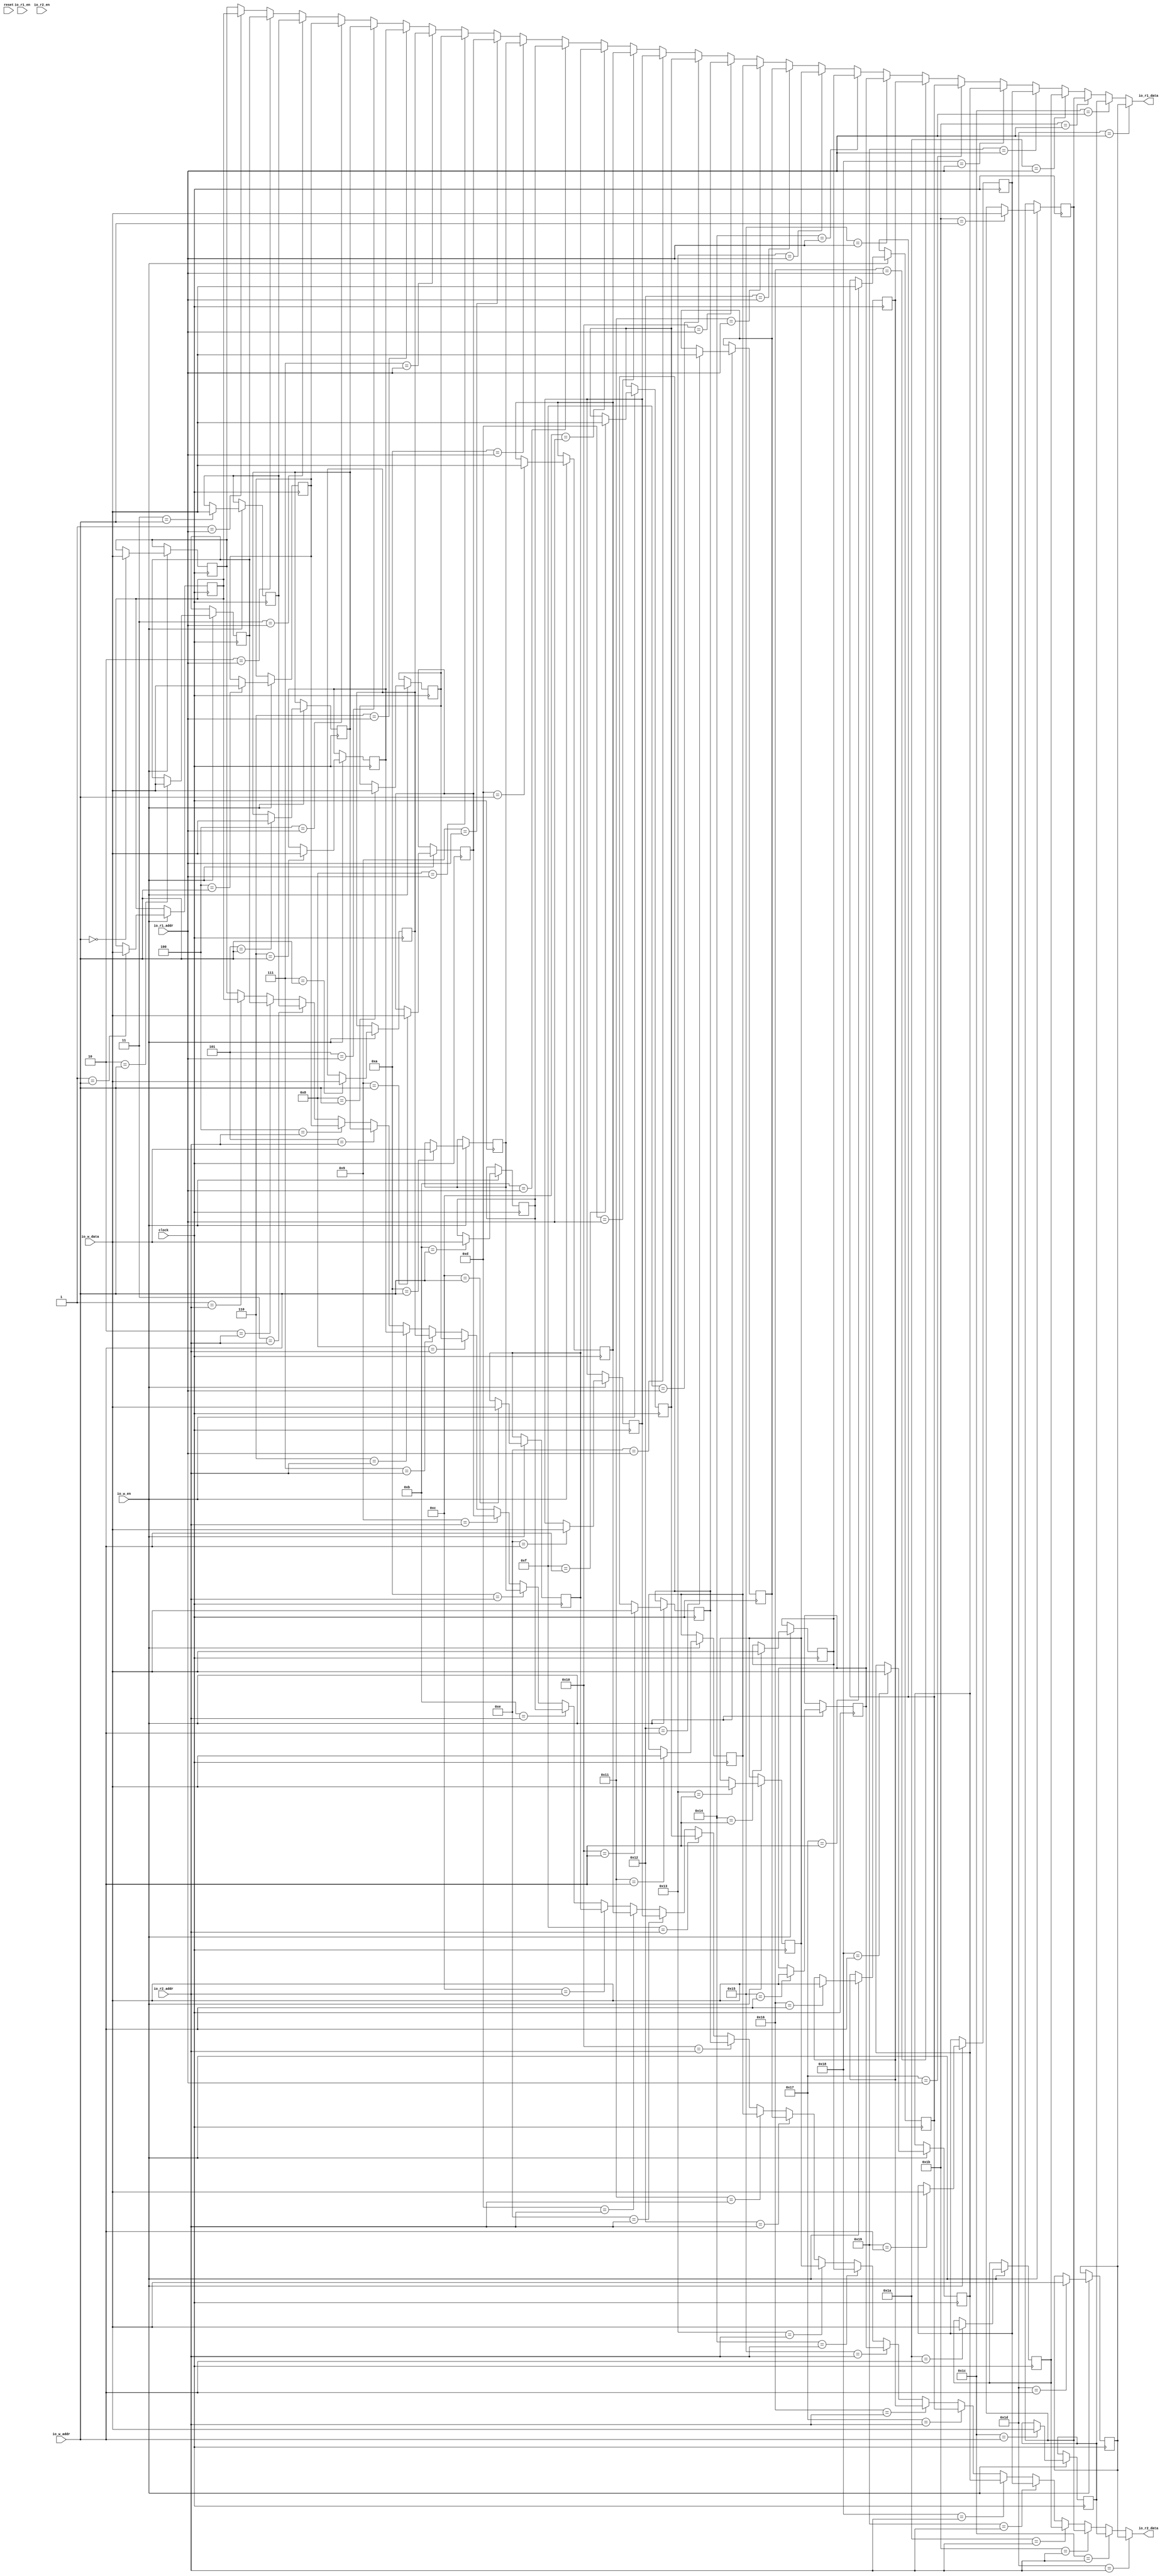
module Regfile(
  input         clock,
  input         reset,
  input  [4:0]  io_w_addr,
  input  [31:0] io_w_data,
  input         io_w_en,
  input  [4:0]  io_r1_addr,
  output [31:0] io_r1_data,
  input         io_r1_en,
  input  [4:0]  io_r2_addr,
  output [31:0] io_r2_data,
  input         io_r2_en
);
`ifdef RANDOMIZE_REG_INIT
  reg [31:0] _RAND_0;
  reg [31:0] _RAND_1;
  reg [31:0] _RAND_2;
  reg [31:0] _RAND_3;
  reg [31:0] _RAND_4;
  reg [31:0] _RAND_5;
  reg [31:0] _RAND_6;
  reg [31:0] _RAND_7;
  reg [31:0] _RAND_8;
  reg [31:0] _RAND_9;
  reg [31:0] _RAND_10;
  reg [31:0] _RAND_11;
  reg [31:0] _RAND_12;
  reg [31:0] _RAND_13;
  reg [31:0] _RAND_14;
  reg [31:0] _RAND_15;
  reg [31:0] _RAND_16;
  reg [31:0] _RAND_17;
  reg [31:0] _RAND_18;
  reg [31:0] _RAND_19;
  reg [31:0] _RAND_20;
  reg [31:0] _RAND_21;
  reg [31:0] _RAND_22;
  reg [31:0] _RAND_23;
  reg [31:0] _RAND_24;
  reg [31:0] _RAND_25;
  reg [31:0] _RAND_26;
  reg [31:0] _RAND_27;
  reg [31:0] _RAND_28;
  reg [31:0] _RAND_29;
`endif // RANDOMIZE_REG_INIT
  reg [31:0] registers_0; // @[Reg_file.scala 20:28]
  reg [31:0] registers_1; // @[Reg_file.scala 20:28]
  reg [31:0] registers_2; // @[Reg_file.scala 20:28]
  reg [31:0] registers_3; // @[Reg_file.scala 20:28]
  reg [31:0] registers_4; // @[Reg_file.scala 20:28]
  reg [31:0] registers_5; // @[Reg_file.scala 20:28]
  reg [31:0] registers_6; // @[Reg_file.scala 20:28]
  reg [31:0] registers_7; // @[Reg_file.scala 20:28]
  reg [31:0] registers_8; // @[Reg_file.scala 20:28]
  reg [31:0] registers_9; // @[Reg_file.scala 20:28]
  reg [31:0] registers_10; // @[Reg_file.scala 20:28]
  reg [31:0] registers_11; // @[Reg_file.scala 20:28]
  reg [31:0] registers_12; // @[Reg_file.scala 20:28]
  reg [31:0] registers_13; // @[Reg_file.scala 20:28]
  reg [31:0] registers_14; // @[Reg_file.scala 20:28]
  reg [31:0] registers_15; // @[Reg_file.scala 20:28]
  reg [31:0] registers_16; // @[Reg_file.scala 20:28]
  reg [31:0] registers_17; // @[Reg_file.scala 20:28]
  reg [31:0] registers_18; // @[Reg_file.scala 20:28]
  reg [31:0] registers_19; // @[Reg_file.scala 20:28]
  reg [31:0] registers_20; // @[Reg_file.scala 20:28]
  reg [31:0] registers_21; // @[Reg_file.scala 20:28]
  reg [31:0] registers_22; // @[Reg_file.scala 20:28]
  reg [31:0] registers_23; // @[Reg_file.scala 20:28]
  reg [31:0] registers_24; // @[Reg_file.scala 20:28]
  reg [31:0] registers_25; // @[Reg_file.scala 20:28]
  reg [31:0] registers_26; // @[Reg_file.scala 20:28]
  reg [31:0] registers_27; // @[Reg_file.scala 20:28]
  reg [31:0] registers_28; // @[Reg_file.scala 20:28]
  reg [31:0] registers_29; // @[Reg_file.scala 20:28]
  wire [31:0] _GEN_1 = 5'h1 == io_r1_addr ? registers_1 : registers_0; // @[Reg_file.scala 22:20 Reg_file.scala 22:20]
  wire [31:0] _GEN_2 = 5'h2 == io_r1_addr ? registers_2 : _GEN_1; // @[Reg_file.scala 22:20 Reg_file.scala 22:20]
  wire [31:0] _GEN_3 = 5'h3 == io_r1_addr ? registers_3 : _GEN_2; // @[Reg_file.scala 22:20 Reg_file.scala 22:20]
  wire [31:0] _GEN_4 = 5'h4 == io_r1_addr ? registers_4 : _GEN_3; // @[Reg_file.scala 22:20 Reg_file.scala 22:20]
  wire [31:0] _GEN_5 = 5'h5 == io_r1_addr ? registers_5 : _GEN_4; // @[Reg_file.scala 22:20 Reg_file.scala 22:20]
  wire [31:0] _GEN_6 = 5'h6 == io_r1_addr ? registers_6 : _GEN_5; // @[Reg_file.scala 22:20 Reg_file.scala 22:20]
  wire [31:0] _GEN_7 = 5'h7 == io_r1_addr ? registers_7 : _GEN_6; // @[Reg_file.scala 22:20 Reg_file.scala 22:20]
  wire [31:0] _GEN_8 = 5'h8 == io_r1_addr ? registers_8 : _GEN_7; // @[Reg_file.scala 22:20 Reg_file.scala 22:20]
  wire [31:0] _GEN_9 = 5'h9 == io_r1_addr ? registers_9 : _GEN_8; // @[Reg_file.scala 22:20 Reg_file.scala 22:20]
  wire [31:0] _GEN_10 = 5'ha == io_r1_addr ? registers_10 : _GEN_9; // @[Reg_file.scala 22:20 Reg_file.scala 22:20]
  wire [31:0] _GEN_11 = 5'hb == io_r1_addr ? registers_11 : _GEN_10; // @[Reg_file.scala 22:20 Reg_file.scala 22:20]
  wire [31:0] _GEN_12 = 5'hc == io_r1_addr ? registers_12 : _GEN_11; // @[Reg_file.scala 22:20 Reg_file.scala 22:20]
  wire [31:0] _GEN_13 = 5'hd == io_r1_addr ? registers_13 : _GEN_12; // @[Reg_file.scala 22:20 Reg_file.scala 22:20]
  wire [31:0] _GEN_14 = 5'he == io_r1_addr ? registers_14 : _GEN_13; // @[Reg_file.scala 22:20 Reg_file.scala 22:20]
  wire [31:0] _GEN_15 = 5'hf == io_r1_addr ? registers_15 : _GEN_14; // @[Reg_file.scala 22:20 Reg_file.scala 22:20]
  wire [31:0] _GEN_16 = 5'h10 == io_r1_addr ? registers_16 : _GEN_15; // @[Reg_file.scala 22:20 Reg_file.scala 22:20]
  wire [31:0] _GEN_17 = 5'h11 == io_r1_addr ? registers_17 : _GEN_16; // @[Reg_file.scala 22:20 Reg_file.scala 22:20]
  wire [31:0] _GEN_18 = 5'h12 == io_r1_addr ? registers_18 : _GEN_17; // @[Reg_file.scala 22:20 Reg_file.scala 22:20]
  wire [31:0] _GEN_19 = 5'h13 == io_r1_addr ? registers_19 : _GEN_18; // @[Reg_file.scala 22:20 Reg_file.scala 22:20]
  wire [31:0] _GEN_20 = 5'h14 == io_r1_addr ? registers_20 : _GEN_19; // @[Reg_file.scala 22:20 Reg_file.scala 22:20]
  wire [31:0] _GEN_21 = 5'h15 == io_r1_addr ? registers_21 : _GEN_20; // @[Reg_file.scala 22:20 Reg_file.scala 22:20]
  wire [31:0] _GEN_22 = 5'h16 == io_r1_addr ? registers_22 : _GEN_21; // @[Reg_file.scala 22:20 Reg_file.scala 22:20]
  wire [31:0] _GEN_23 = 5'h17 == io_r1_addr ? registers_23 : _GEN_22; // @[Reg_file.scala 22:20 Reg_file.scala 22:20]
  wire [31:0] _GEN_24 = 5'h18 == io_r1_addr ? registers_24 : _GEN_23; // @[Reg_file.scala 22:20 Reg_file.scala 22:20]
  wire [31:0] _GEN_25 = 5'h19 == io_r1_addr ? registers_25 : _GEN_24; // @[Reg_file.scala 22:20 Reg_file.scala 22:20]
  wire [31:0] _GEN_26 = 5'h1a == io_r1_addr ? registers_26 : _GEN_25; // @[Reg_file.scala 22:20 Reg_file.scala 22:20]
  wire [31:0] _GEN_27 = 5'h1b == io_r1_addr ? registers_27 : _GEN_26; // @[Reg_file.scala 22:20 Reg_file.scala 22:20]
  wire [31:0] _GEN_28 = 5'h1c == io_r1_addr ? registers_28 : _GEN_27; // @[Reg_file.scala 22:20 Reg_file.scala 22:20]
  wire [31:0] _GEN_31 = 5'h1 == io_r2_addr ? registers_1 : registers_0; // @[Reg_file.scala 23:20 Reg_file.scala 23:20]
  wire [31:0] _GEN_32 = 5'h2 == io_r2_addr ? registers_2 : _GEN_31; // @[Reg_file.scala 23:20 Reg_file.scala 23:20]
  wire [31:0] _GEN_33 = 5'h3 == io_r2_addr ? registers_3 : _GEN_32; // @[Reg_file.scala 23:20 Reg_file.scala 23:20]
  wire [31:0] _GEN_34 = 5'h4 == io_r2_addr ? registers_4 : _GEN_33; // @[Reg_file.scala 23:20 Reg_file.scala 23:20]
  wire [31:0] _GEN_35 = 5'h5 == io_r2_addr ? registers_5 : _GEN_34; // @[Reg_file.scala 23:20 Reg_file.scala 23:20]
  wire [31:0] _GEN_36 = 5'h6 == io_r2_addr ? registers_6 : _GEN_35; // @[Reg_file.scala 23:20 Reg_file.scala 23:20]
  wire [31:0] _GEN_37 = 5'h7 == io_r2_addr ? registers_7 : _GEN_36; // @[Reg_file.scala 23:20 Reg_file.scala 23:20]
  wire [31:0] _GEN_38 = 5'h8 == io_r2_addr ? registers_8 : _GEN_37; // @[Reg_file.scala 23:20 Reg_file.scala 23:20]
  wire [31:0] _GEN_39 = 5'h9 == io_r2_addr ? registers_9 : _GEN_38; // @[Reg_file.scala 23:20 Reg_file.scala 23:20]
  wire [31:0] _GEN_40 = 5'ha == io_r2_addr ? registers_10 : _GEN_39; // @[Reg_file.scala 23:20 Reg_file.scala 23:20]
  wire [31:0] _GEN_41 = 5'hb == io_r2_addr ? registers_11 : _GEN_40; // @[Reg_file.scala 23:20 Reg_file.scala 23:20]
  wire [31:0] _GEN_42 = 5'hc == io_r2_addr ? registers_12 : _GEN_41; // @[Reg_file.scala 23:20 Reg_file.scala 23:20]
  wire [31:0] _GEN_43 = 5'hd == io_r2_addr ? registers_13 : _GEN_42; // @[Reg_file.scala 23:20 Reg_file.scala 23:20]
  wire [31:0] _GEN_44 = 5'he == io_r2_addr ? registers_14 : _GEN_43; // @[Reg_file.scala 23:20 Reg_file.scala 23:20]
  wire [31:0] _GEN_45 = 5'hf == io_r2_addr ? registers_15 : _GEN_44; // @[Reg_file.scala 23:20 Reg_file.scala 23:20]
  wire [31:0] _GEN_46 = 5'h10 == io_r2_addr ? registers_16 : _GEN_45; // @[Reg_file.scala 23:20 Reg_file.scala 23:20]
  wire [31:0] _GEN_47 = 5'h11 == io_r2_addr ? registers_17 : _GEN_46; // @[Reg_file.scala 23:20 Reg_file.scala 23:20]
  wire [31:0] _GEN_48 = 5'h12 == io_r2_addr ? registers_18 : _GEN_47; // @[Reg_file.scala 23:20 Reg_file.scala 23:20]
  wire [31:0] _GEN_49 = 5'h13 == io_r2_addr ? registers_19 : _GEN_48; // @[Reg_file.scala 23:20 Reg_file.scala 23:20]
  wire [31:0] _GEN_50 = 5'h14 == io_r2_addr ? registers_20 : _GEN_49; // @[Reg_file.scala 23:20 Reg_file.scala 23:20]
  wire [31:0] _GEN_51 = 5'h15 == io_r2_addr ? registers_21 : _GEN_50; // @[Reg_file.scala 23:20 Reg_file.scala 23:20]
  wire [31:0] _GEN_52 = 5'h16 == io_r2_addr ? registers_22 : _GEN_51; // @[Reg_file.scala 23:20 Reg_file.scala 23:20]
  wire [31:0] _GEN_53 = 5'h17 == io_r2_addr ? registers_23 : _GEN_52; // @[Reg_file.scala 23:20 Reg_file.scala 23:20]
  wire [31:0] _GEN_54 = 5'h18 == io_r2_addr ? registers_24 : _GEN_53; // @[Reg_file.scala 23:20 Reg_file.scala 23:20]
  wire [31:0] _GEN_55 = 5'h19 == io_r2_addr ? registers_25 : _GEN_54; // @[Reg_file.scala 23:20 Reg_file.scala 23:20]
  wire [31:0] _GEN_56 = 5'h1a == io_r2_addr ? registers_26 : _GEN_55; // @[Reg_file.scala 23:20 Reg_file.scala 23:20]
  wire [31:0] _GEN_57 = 5'h1b == io_r2_addr ? registers_27 : _GEN_56; // @[Reg_file.scala 23:20 Reg_file.scala 23:20]
  wire [31:0] _GEN_58 = 5'h1c == io_r2_addr ? registers_28 : _GEN_57; // @[Reg_file.scala 23:20 Reg_file.scala 23:20]
  assign io_r1_data = 5'h1d == io_r1_addr ? registers_29 : _GEN_28; // @[Reg_file.scala 22:20 Reg_file.scala 22:20]
  assign io_r2_data = 5'h1d == io_r2_addr ? registers_29 : _GEN_58; // @[Reg_file.scala 23:20 Reg_file.scala 23:20]
  always @(posedge clock) begin
    if (io_w_en) begin // @[Reg_file.scala 24:22]
      if (5'h0 == io_w_addr) begin // @[Reg_file.scala 25:38]
        registers_0 <= io_w_data; // @[Reg_file.scala 25:38]
      end
    end
    if (io_w_en) begin // @[Reg_file.scala 24:22]
      if (5'h1 == io_w_addr) begin // @[Reg_file.scala 25:38]
        registers_1 <= io_w_data; // @[Reg_file.scala 25:38]
      end
    end
    if (io_w_en) begin // @[Reg_file.scala 24:22]
      if (5'h2 == io_w_addr) begin // @[Reg_file.scala 25:38]
        registers_2 <= io_w_data; // @[Reg_file.scala 25:38]
      end
    end
    if (io_w_en) begin // @[Reg_file.scala 24:22]
      if (5'h3 == io_w_addr) begin // @[Reg_file.scala 25:38]
        registers_3 <= io_w_data; // @[Reg_file.scala 25:38]
      end
    end
    if (io_w_en) begin // @[Reg_file.scala 24:22]
      if (5'h4 == io_w_addr) begin // @[Reg_file.scala 25:38]
        registers_4 <= io_w_data; // @[Reg_file.scala 25:38]
      end
    end
    if (io_w_en) begin // @[Reg_file.scala 24:22]
      if (5'h5 == io_w_addr) begin // @[Reg_file.scala 25:38]
        registers_5 <= io_w_data; // @[Reg_file.scala 25:38]
      end
    end
    if (io_w_en) begin // @[Reg_file.scala 24:22]
      if (5'h6 == io_w_addr) begin // @[Reg_file.scala 25:38]
        registers_6 <= io_w_data; // @[Reg_file.scala 25:38]
      end
    end
    if (io_w_en) begin // @[Reg_file.scala 24:22]
      if (5'h7 == io_w_addr) begin // @[Reg_file.scala 25:38]
        registers_7 <= io_w_data; // @[Reg_file.scala 25:38]
      end
    end
    if (io_w_en) begin // @[Reg_file.scala 24:22]
      if (5'h8 == io_w_addr) begin // @[Reg_file.scala 25:38]
        registers_8 <= io_w_data; // @[Reg_file.scala 25:38]
      end
    end
    if (io_w_en) begin // @[Reg_file.scala 24:22]
      if (5'h9 == io_w_addr) begin // @[Reg_file.scala 25:38]
        registers_9 <= io_w_data; // @[Reg_file.scala 25:38]
      end
    end
    if (io_w_en) begin // @[Reg_file.scala 24:22]
      if (5'ha == io_w_addr) begin // @[Reg_file.scala 25:38]
        registers_10 <= io_w_data; // @[Reg_file.scala 25:38]
      end
    end
    if (io_w_en) begin // @[Reg_file.scala 24:22]
      if (5'hb == io_w_addr) begin // @[Reg_file.scala 25:38]
        registers_11 <= io_w_data; // @[Reg_file.scala 25:38]
      end
    end
    if (io_w_en) begin // @[Reg_file.scala 24:22]
      if (5'hc == io_w_addr) begin // @[Reg_file.scala 25:38]
        registers_12 <= io_w_data; // @[Reg_file.scala 25:38]
      end
    end
    if (io_w_en) begin // @[Reg_file.scala 24:22]
      if (5'hd == io_w_addr) begin // @[Reg_file.scala 25:38]
        registers_13 <= io_w_data; // @[Reg_file.scala 25:38]
      end
    end
    if (io_w_en) begin // @[Reg_file.scala 24:22]
      if (5'he == io_w_addr) begin // @[Reg_file.scala 25:38]
        registers_14 <= io_w_data; // @[Reg_file.scala 25:38]
      end
    end
    if (io_w_en) begin // @[Reg_file.scala 24:22]
      if (5'hf == io_w_addr) begin // @[Reg_file.scala 25:38]
        registers_15 <= io_w_data; // @[Reg_file.scala 25:38]
      end
    end
    if (io_w_en) begin // @[Reg_file.scala 24:22]
      if (5'h10 == io_w_addr) begin // @[Reg_file.scala 25:38]
        registers_16 <= io_w_data; // @[Reg_file.scala 25:38]
      end
    end
    if (io_w_en) begin // @[Reg_file.scala 24:22]
      if (5'h11 == io_w_addr) begin // @[Reg_file.scala 25:38]
        registers_17 <= io_w_data; // @[Reg_file.scala 25:38]
      end
    end
    if (io_w_en) begin // @[Reg_file.scala 24:22]
      if (5'h12 == io_w_addr) begin // @[Reg_file.scala 25:38]
        registers_18 <= io_w_data; // @[Reg_file.scala 25:38]
      end
    end
    if (io_w_en) begin // @[Reg_file.scala 24:22]
      if (5'h13 == io_w_addr) begin // @[Reg_file.scala 25:38]
        registers_19 <= io_w_data; // @[Reg_file.scala 25:38]
      end
    end
    if (io_w_en) begin // @[Reg_file.scala 24:22]
      if (5'h14 == io_w_addr) begin // @[Reg_file.scala 25:38]
        registers_20 <= io_w_data; // @[Reg_file.scala 25:38]
      end
    end
    if (io_w_en) begin // @[Reg_file.scala 24:22]
      if (5'h15 == io_w_addr) begin // @[Reg_file.scala 25:38]
        registers_21 <= io_w_data; // @[Reg_file.scala 25:38]
      end
    end
    if (io_w_en) begin // @[Reg_file.scala 24:22]
      if (5'h16 == io_w_addr) begin // @[Reg_file.scala 25:38]
        registers_22 <= io_w_data; // @[Reg_file.scala 25:38]
      end
    end
    if (io_w_en) begin // @[Reg_file.scala 24:22]
      if (5'h17 == io_w_addr) begin // @[Reg_file.scala 25:38]
        registers_23 <= io_w_data; // @[Reg_file.scala 25:38]
      end
    end
    if (io_w_en) begin // @[Reg_file.scala 24:22]
      if (5'h18 == io_w_addr) begin // @[Reg_file.scala 25:38]
        registers_24 <= io_w_data; // @[Reg_file.scala 25:38]
      end
    end
    if (io_w_en) begin // @[Reg_file.scala 24:22]
      if (5'h19 == io_w_addr) begin // @[Reg_file.scala 25:38]
        registers_25 <= io_w_data; // @[Reg_file.scala 25:38]
      end
    end
    if (io_w_en) begin // @[Reg_file.scala 24:22]
      if (5'h1a == io_w_addr) begin // @[Reg_file.scala 25:38]
        registers_26 <= io_w_data; // @[Reg_file.scala 25:38]
      end
    end
    if (io_w_en) begin // @[Reg_file.scala 24:22]
      if (5'h1b == io_w_addr) begin // @[Reg_file.scala 25:38]
        registers_27 <= io_w_data; // @[Reg_file.scala 25:38]
      end
    end
    if (io_w_en) begin // @[Reg_file.scala 24:22]
      if (5'h1c == io_w_addr) begin // @[Reg_file.scala 25:38]
        registers_28 <= io_w_data; // @[Reg_file.scala 25:38]
      end
    end
    if (io_w_en) begin // @[Reg_file.scala 24:22]
      if (5'h1d == io_w_addr) begin // @[Reg_file.scala 25:38]
        registers_29 <= io_w_data; // @[Reg_file.scala 25:38]
      end
    end
  end
// Register and memory initialization
`ifdef RANDOMIZE_GARBAGE_ASSIGN
`define RANDOMIZE
`endif
`ifdef RANDOMIZE_INVALID_ASSIGN
`define RANDOMIZE
`endif
`ifdef RANDOMIZE_REG_INIT
`define RANDOMIZE
`endif
`ifdef RANDOMIZE_MEM_INIT
`define RANDOMIZE
`endif
`ifndef RANDOM
`define RANDOM $random
`endif
`ifdef RANDOMIZE_MEM_INIT
  integer initvar;
`endif
`ifndef SYNTHESIS
`ifdef FIRRTL_BEFORE_INITIAL
`FIRRTL_BEFORE_INITIAL
`endif
initial begin
  `ifdef RANDOMIZE
    `ifdef INIT_RANDOM
      `INIT_RANDOM
    `endif
    `ifndef VERILATOR
      `ifdef RANDOMIZE_DELAY
        #`RANDOMIZE_DELAY begin end
      `else
        #0.002 begin end
      `endif
    `endif
`ifdef RANDOMIZE_REG_INIT
  _RAND_0 = {1{`RANDOM}};
  registers_0 = _RAND_0[31:0];
  _RAND_1 = {1{`RANDOM}};
  registers_1 = _RAND_1[31:0];
  _RAND_2 = {1{`RANDOM}};
  registers_2 = _RAND_2[31:0];
  _RAND_3 = {1{`RANDOM}};
  registers_3 = _RAND_3[31:0];
  _RAND_4 = {1{`RANDOM}};
  registers_4 = _RAND_4[31:0];
  _RAND_5 = {1{`RANDOM}};
  registers_5 = _RAND_5[31:0];
  _RAND_6 = {1{`RANDOM}};
  registers_6 = _RAND_6[31:0];
  _RAND_7 = {1{`RANDOM}};
  registers_7 = _RAND_7[31:0];
  _RAND_8 = {1{`RANDOM}};
  registers_8 = _RAND_8[31:0];
  _RAND_9 = {1{`RANDOM}};
  registers_9 = _RAND_9[31:0];
  _RAND_10 = {1{`RANDOM}};
  registers_10 = _RAND_10[31:0];
  _RAND_11 = {1{`RANDOM}};
  registers_11 = _RAND_11[31:0];
  _RAND_12 = {1{`RANDOM}};
  registers_12 = _RAND_12[31:0];
  _RAND_13 = {1{`RANDOM}};
  registers_13 = _RAND_13[31:0];
  _RAND_14 = {1{`RANDOM}};
  registers_14 = _RAND_14[31:0];
  _RAND_15 = {1{`RANDOM}};
  registers_15 = _RAND_15[31:0];
  _RAND_16 = {1{`RANDOM}};
  registers_16 = _RAND_16[31:0];
  _RAND_17 = {1{`RANDOM}};
  registers_17 = _RAND_17[31:0];
  _RAND_18 = {1{`RANDOM}};
  registers_18 = _RAND_18[31:0];
  _RAND_19 = {1{`RANDOM}};
  registers_19 = _RAND_19[31:0];
  _RAND_20 = {1{`RANDOM}};
  registers_20 = _RAND_20[31:0];
  _RAND_21 = {1{`RANDOM}};
  registers_21 = _RAND_21[31:0];
  _RAND_22 = {1{`RANDOM}};
  registers_22 = _RAND_22[31:0];
  _RAND_23 = {1{`RANDOM}};
  registers_23 = _RAND_23[31:0];
  _RAND_24 = {1{`RANDOM}};
  registers_24 = _RAND_24[31:0];
  _RAND_25 = {1{`RANDOM}};
  registers_25 = _RAND_25[31:0];
  _RAND_26 = {1{`RANDOM}};
  registers_26 = _RAND_26[31:0];
  _RAND_27 = {1{`RANDOM}};
  registers_27 = _RAND_27[31:0];
  _RAND_28 = {1{`RANDOM}};
  registers_28 = _RAND_28[31:0];
  _RAND_29 = {1{`RANDOM}};
  registers_29 = _RAND_29[31:0];
`endif // RANDOMIZE_REG_INIT
  `endif // RANDOMIZE
end // initial
`ifdef FIRRTL_AFTER_INITIAL
`FIRRTL_AFTER_INITIAL
`endif
`endif // SYNTHESIS
endmodule